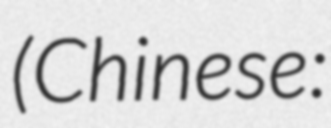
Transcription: (Chinese: